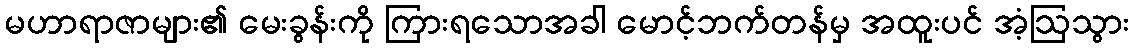
မဟာရာဇာများ၏ မေးခွန်းကို ကြားရသောအခါ မောင့်ဘက်တန်မှ အထူးပင် အံ့ဩသွား